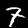
Label: 7